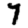
Digit: 7